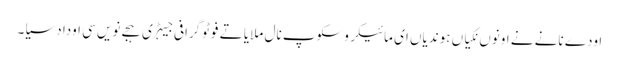
اودے نانے نے اونوں نکیاں ہوندیاں ای مائیکروسکوپ نال ملایا تے فوٹوگرافی جیہڑی ہجے نویں سی اودا دسیا۔